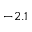
- 2 . 1